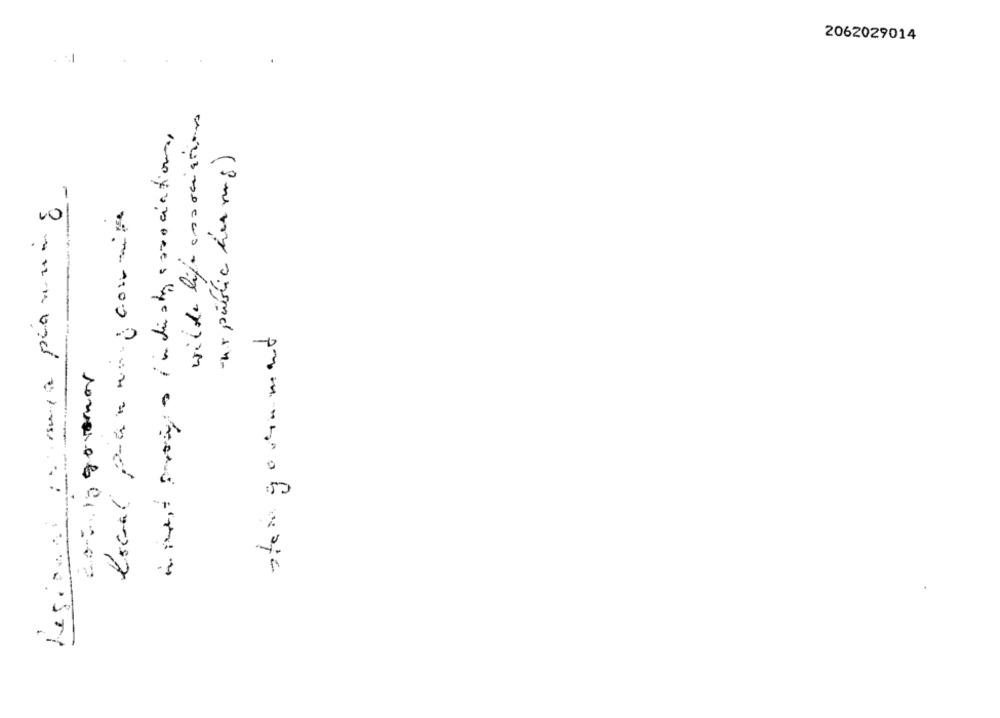
2062029014
wilde life association
in west sono industry association,
-nr public der mg)
-
local pour many commis
10
---
sonorag Gi ...